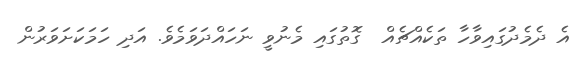
އެ ދެމެދުގައިވާހާ ތަކެއްޗެއް  ގޮތުގައި މެނުވީ ނަހައްދަވަމެވެ. އަދި ހަމަކަށަވަރުން